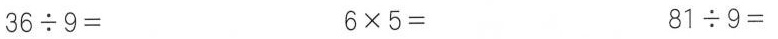
$$3 6 \div 9 =$$ $$6 \times 5 =$$ $$8 1 \div 9 =$$